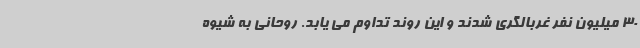
30 میلیون نفر غربالگری شدند و این روند تداوم می یابد. روحانی به شیوه